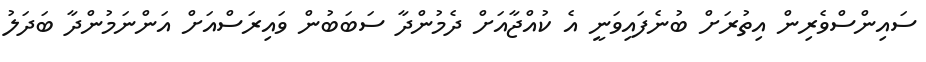
ސައިންސްވެރިން އިތުރަށް ބުނެފައިވަނީ އެ ކުއްޖާއަށް ދެމުންދާ ސަބަބުން ވައިރަސްއަށް އަންނަމުންދާ ބަދަލު